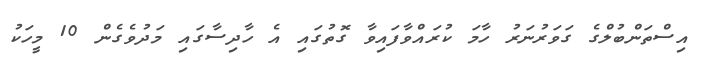
އިސްތަންބުލްގެ ގަވަރުނަރު ހާމަ ކުރައްވާފައިވާ ގޮތުގައި އެ ހާދިސާގައި މަދުވެގެން 10 މީހަކު